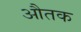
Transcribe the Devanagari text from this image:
औतक